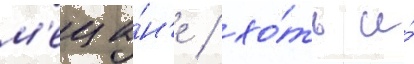
м'еща́н'е / хо́ть и́